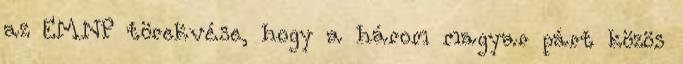
az EMNP törekvése, hogy a három magyar párt közös